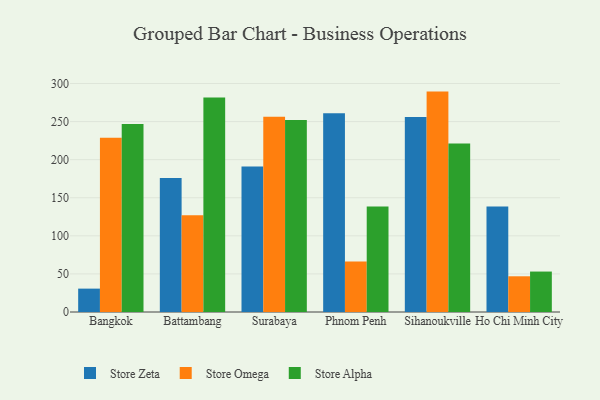
{"axis": {"x": "City", "y": "Gross Profit (USD K)"}, "legend": ["Store Alpha", "Store Omega", "Store Zeta"], "data": [{"x": "Bangkok", "y": 30.7, "type": "Store Zeta"}, {"x": "Bangkok", "y": 228.8, "type": "Store Omega"}, {"x": "Bangkok", "y": 246.9, "type": "Store Alpha"}, {"x": "Battambang", "y": 175.8, "type": "Store Zeta"}, {"x": "Battambang", "y": 127.1, "type": "Store Omega"}, {"x": "Battambang", "y": 281.6, "type": "Store Alpha"}, {"x": "Surabaya", "y": 191.2, "type": "Store Zeta"}, {"x": "Surabaya", "y": 256.3, "type": "Store Omega"}, {"x": "Surabaya", "y": 252.1, "type": "Store Alpha"}, {"x": "Phnom Penh", "y": 261.0, "type": "Store Zeta"}, {"x": "Phnom Penh", "y": 66.4, "type": "Store Omega"}, {"x": "Phnom Penh", "y": 138.4, "type": "Store Alpha"}, {"x": "Sihanoukville", "y": 256.1, "type": "Store Zeta"}, {"x": "Sihanoukville", "y": 289.4, "type": "Store Omega"}, {"x": "Sihanoukville", "y": 221.1, "type": "Store Alpha"}, {"x": "Ho Chi Minh City", "y": 138.5, "type": "Store Zeta"}, {"x": "Ho Chi Minh City", "y": 46.9, "type": "Store Omega"}, {"x": "Ho Chi Minh City", "y": 53.1, "type": "Store Alpha"}]}